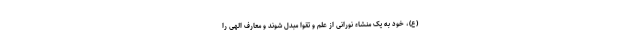
(ع)، خود به یک منشاء نورانی از علم و تقوا مبدل شوند و معارف الهی را